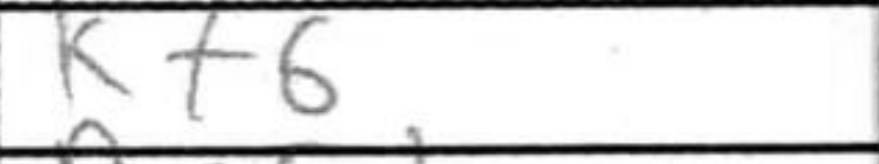
Transcription: Kf6